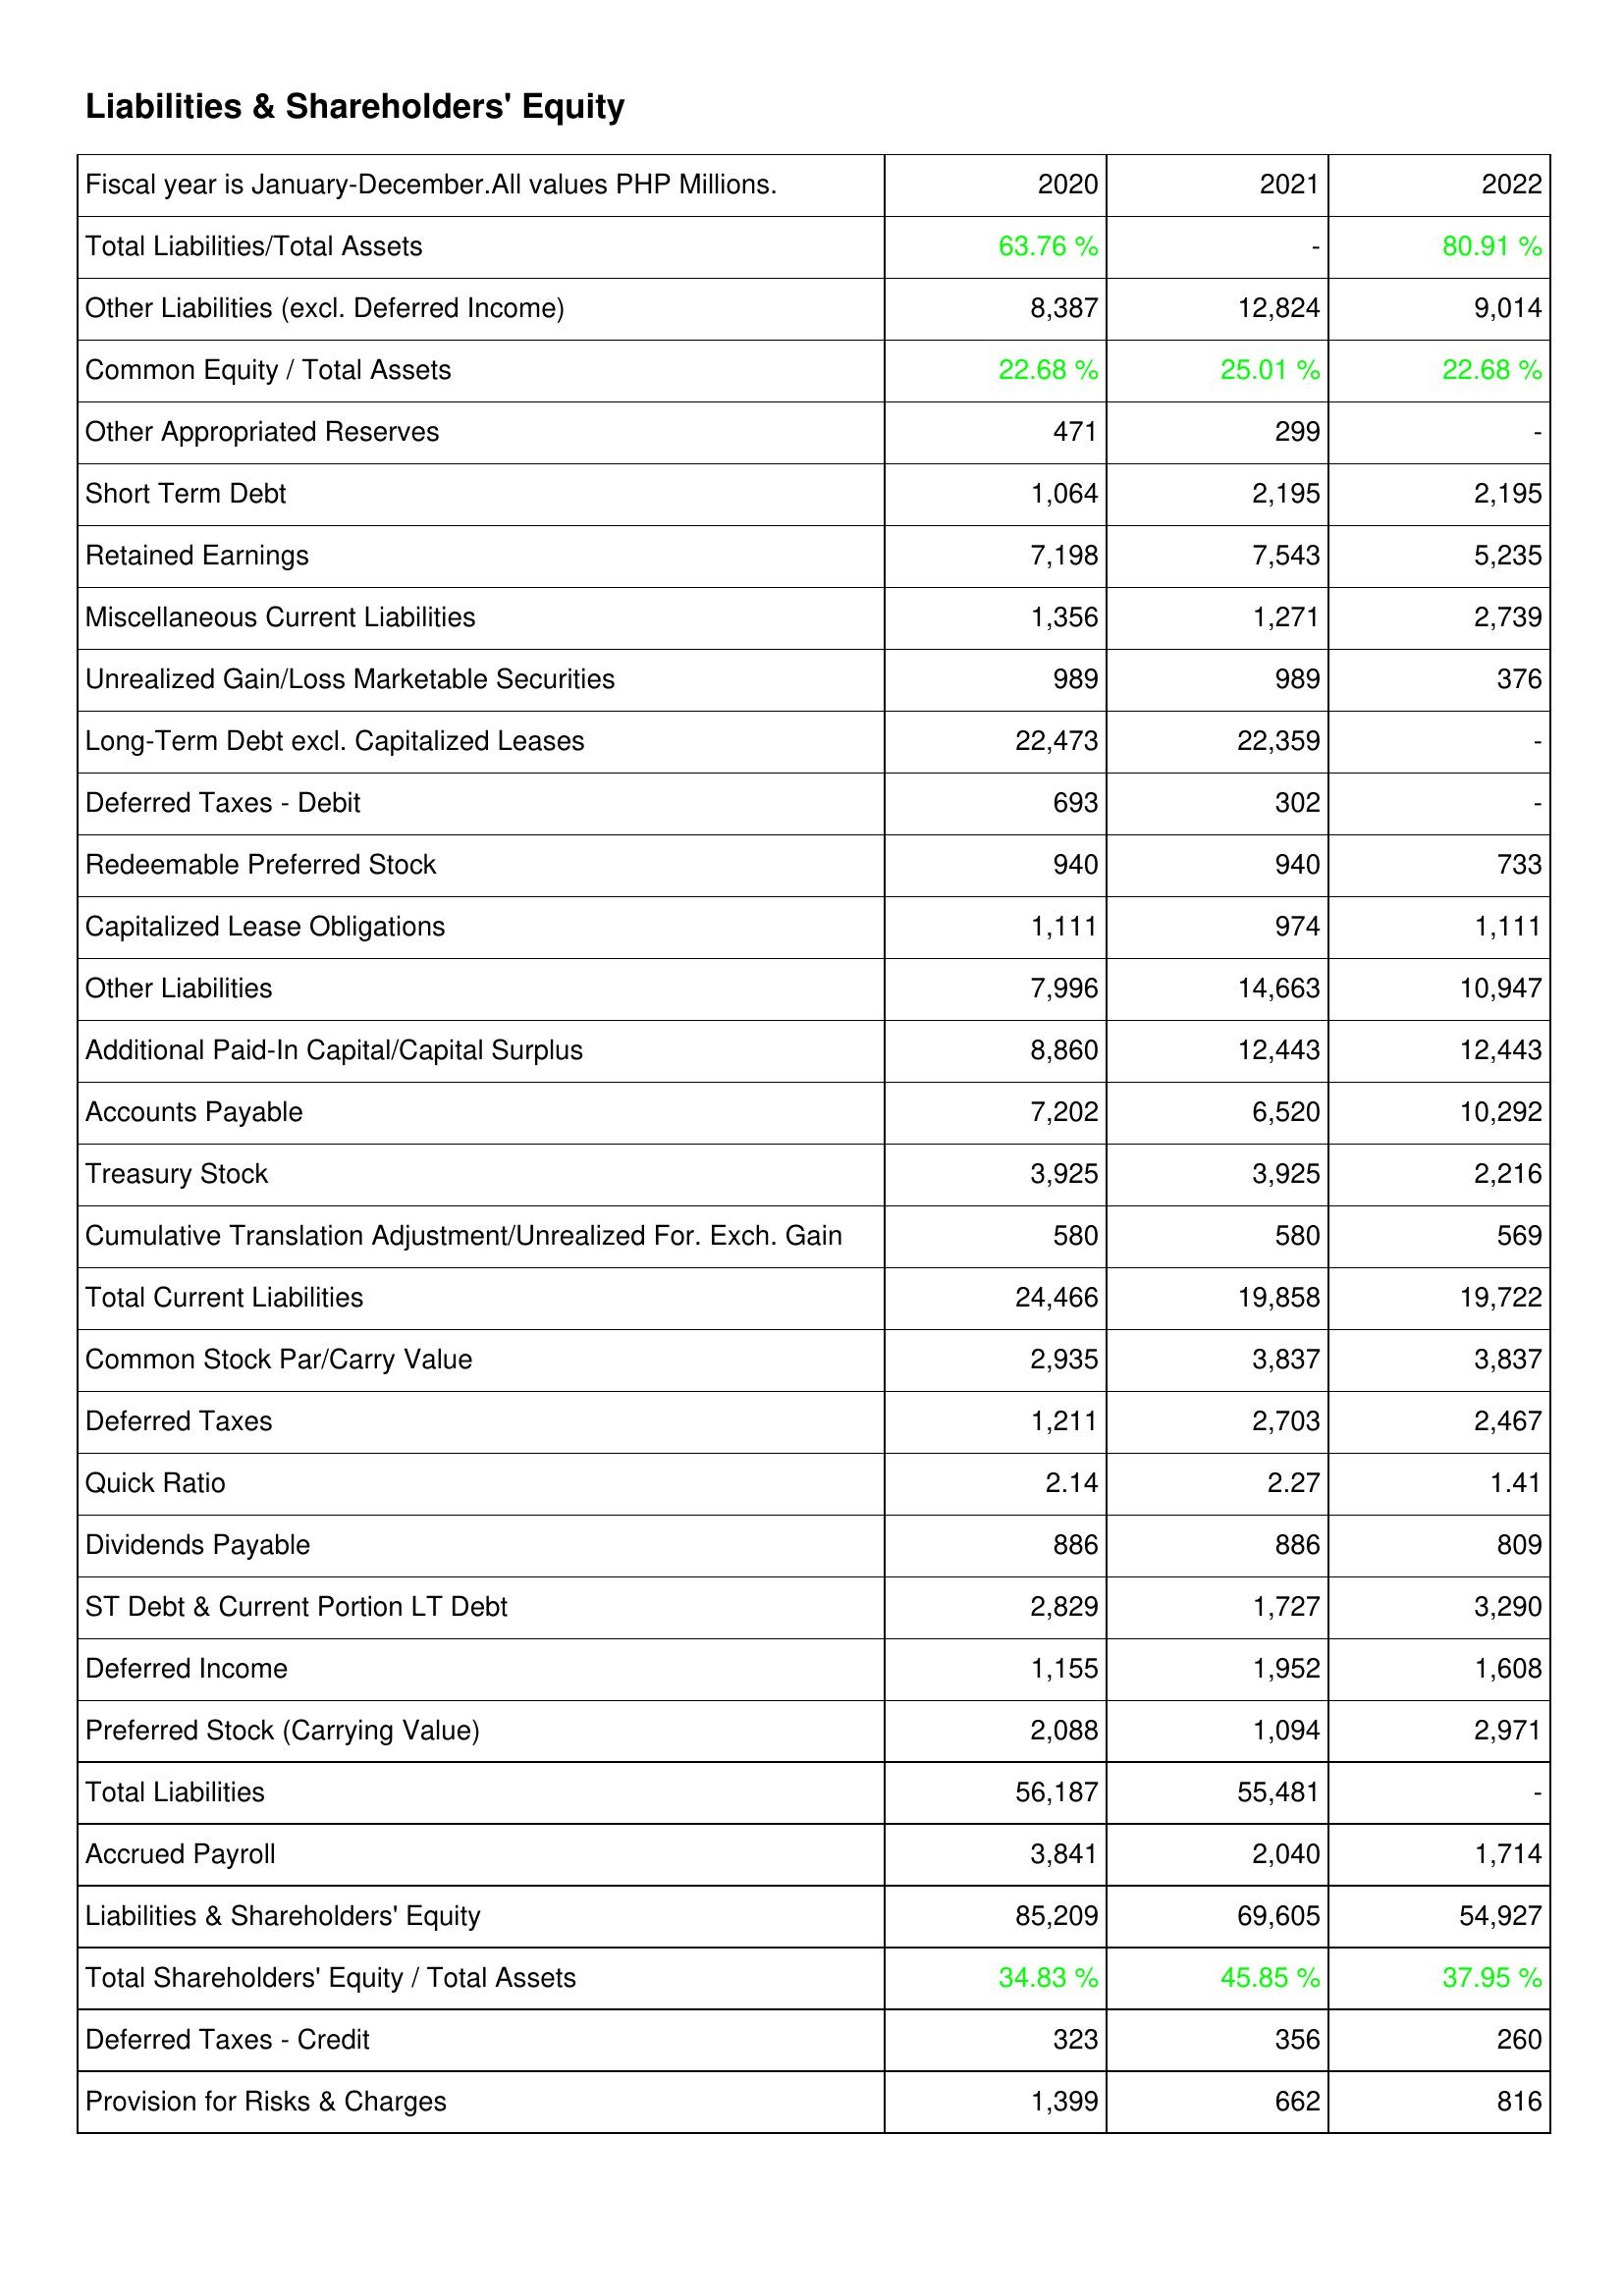
2020: Liabilities & Shareholders' Equity: Total Liabilities/Total Assets: 63.76 %
Other Liabilities (excl. Deferred Income): 8,387
Common Equity / Total Assets: 22.68 %
Other Appropriated Reserves: 471
Short Term Debt: 1,064
Retained Earnings: 7,198
Miscellaneous Current Liabilities: 1,356
Unrealized Gain/Loss Marketable Securities: 989
Long-Term Debt excl. Capitalized Leases: 22,473
Deferred Taxes - Debit: 693
Redeemable Preferred Stock: 940
Capitalized Lease Obligations: 1,111
Other Liabilities: 7,996
Additional Paid-In Capital/Capital Surplus: 8,860
Accounts Payable: 7,202
Treasury Stock: 3,925
Cumulative Translation Adjustment/Unrealized For. Exch. Gain: 580
Total Current Liabilities: 24,466
Common Stock Par/Carry Value: 2,935
Deferred Taxes: 1,211
Quick Ratio: 2.14
Dividends Payable: 886
ST Debt & Current Portion LT Debt: 2,829
Deferred Income: 1,155
Preferred Stock (Carrying Value): 2,088
Total Liabilities: 56,187
Accrued Payroll: 3,841
Liabilities & Shareholders' Equity: 85,209
Total Shareholders' Equity / Total Assets: 34.83 %
Deferred Taxes - Credit: 323
Provision for Risks & Charges: 1,399
2021: Liabilities & Shareholders' Equity: Total Liabilities/Total Assets: -
Other Liabilities (excl. Deferred Income): 12,824
Common Equity / Total Assets: 25.01 %
Other Appropriated Reserves: 299
Short Term Debt: 2,195
Retained Earnings: 7,543
Miscellaneous Current Liabilities: 1,271
Unrealized Gain/Loss Marketable Securities: 989
Long-Term Debt excl. Capitalized Leases: 22,359
Deferred Taxes - Debit: 302
Redeemable Preferred Stock: 940
Capitalized Lease Obligations: 974
Other Liabilities: 14,663
Additional Paid-In Capital/Capital Surplus: 12,443
Accounts Payable: 6,520
Treasury Stock: 3,925
Cumulative Translation Adjustment/Unrealized For. Exch. Gain: 580
Total Current Liabilities: 19,858
Common Stock Par/Carry Value: 3,837
Deferred Taxes: 2,703
Quick Ratio: 2.27
Dividends Payable: 886
ST Debt & Current Portion LT Debt: 1,727
Deferred Income: 1,952
Preferred Stock (Carrying Value): 1,094
Total Liabilities: 55,481
Accrued Payroll: 2,040
Liabilities & Shareholders' Equity: 69,605
Total Shareholders' Equity / Total Assets: 45.85 %
Deferred Taxes - Credit: 356
Provision for Risks & Charges: 662
2022: Liabilities & Shareholders' Equity: Total Liabilities/Total Assets: 80.91 %
Other Liabilities (excl. Deferred Income): 9,014
Common Equity / Total Assets: 22.68 %
Other Appropriated Reserves: -
Short Term Debt: 2,195
Retained Earnings: 5,235
Miscellaneous Current Liabilities: 2,739
Unrealized Gain/Loss Marketable Securities: 376
Long-Term Debt excl. Capitalized Leases: -
Deferred Taxes - Debit: -
Redeemable Preferred Stock: 733
Capitalized Lease Obligations: 1,111
Other Liabilities: 10,947
Additional Paid-In Capital/Capital Surplus: 12,443
Accounts Payable: 10,292
Treasury Stock: 2,216
Cumulative Translation Adjustment/Unrealized For. Exch. Gain: 569
Total Current Liabilities: 19,722
Common Stock Par/Carry Value: 3,837
Deferred Taxes: 2,467
Quick Ratio: 1.41
Dividends Payable: 809
ST Debt & Current Portion LT Debt: 3,290
Deferred Income: 1,608
Preferred Stock (Carrying Value): 2,971
Total Liabilities: -
Accrued Payroll: 1,714
Liabilities & Shareholders' Equity: 54,927
Total Shareholders' Equity / Total Assets: 37.95 %
Deferred Taxes - Credit: 260
Provision for Risks & Charges: 816